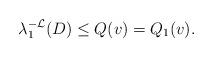
LaTeX: \begin{align*}\lambda_1^{-\mathcal{L}}(D)\leq Q(v)=Q_{1}(v).\end{align*}